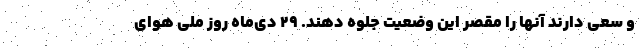
و سعی دارند آنها را مقصر این وضعیت جلوه دهند. ۲۹ دی‌ماه روز ملی هوای